Report on malaria in the Punjab during the year ...  together with an account of the work of the Punjab Malaria Bureau - Volume 5
Disease focus: Malaria
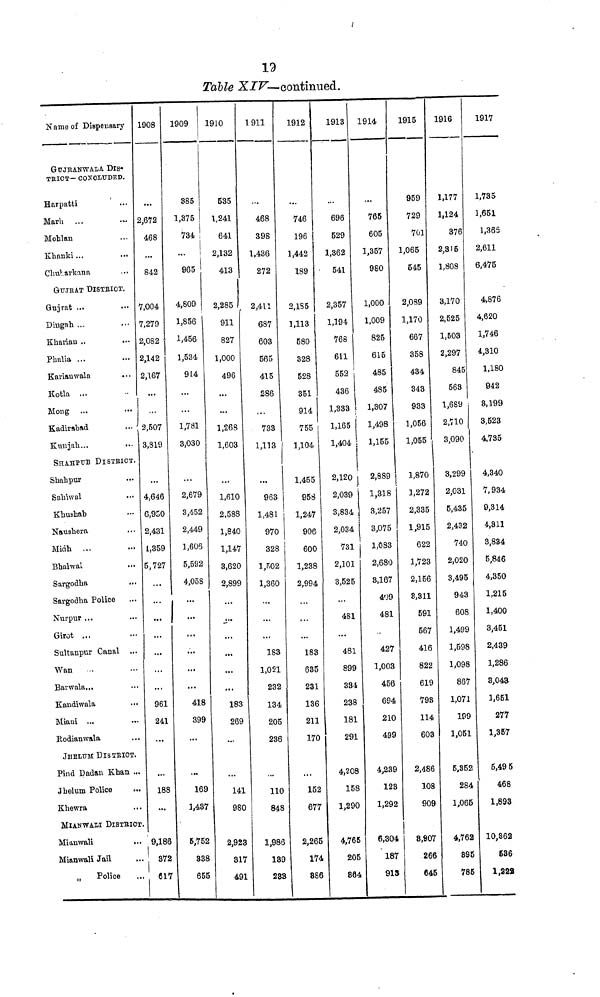
19
Table XIV— continued.
Name of Dispensary
GUJRANWALA. DIS-
TRICT — CONCLUDED.
Harpatti
Marh
Mohlan
Khanki...
Chuharkana
GUJRAT DISTRICT.
Gujrat ...
Dingah ...
Kharian ..
Phalia ...
Karianwala
...
Kotla ...
Mong ...
Kadirabad
...
Kunjah...
SHAHPUB DISTRICT.
Shahpur
Saliwal
Khushab
Naushera
Midh ...
Bhalwal
Sargodha
Sargodha Police
Nurpur ...
Girot ...
Sultanpur Canal ...
Wan
Barwala...
Kandiwala
...
Miani ...
Rodianwala
JHELUM DISTRICT.
Pind Dadan Khan ...
Jhelum Police
Khewra
MIANWALI DISTRICT.
Mianwali
...
Mianwali Jail
,,
Police
1908
...
2,672
468
842
7,004
7,279
2,082
2,142
2,167
...
2,507
3,819
...
4,646
6,950
2,431
1,359
5,727
...
...
...
...
...
...
961
241
...
...
188
...
9,186
372
.17
1909
385
1,375
734
...
965
4,809
1,856
1,456
1,534
914
...
...
1,781
3,030
...
2,679
3,452
2,449
1,606
5,592
4,058
...
...
...
...
...
...
418
399
...
...
169
1,437
5,752
338
655
1910
535
1,241
641
2,132
413
2,285
911
827
1,000
496
...
....
1,268
1,603
...
1,610
2,588
1,840
1,147
3,620
2,899
...
...
...
...
...
...
183
269
...
...
141
980
2,923
317
491
1911
.-.
468
398
1,436
272
2,411
687
603
565
415
286
...
733
1,113
...
963
1,481
970
328
1,502
1,360
...
...
...
183
1,051
232
134
205
236
...
110
848
1,986
139
233
1912
...
746
196
1,442
189
2,1S5
1,113
580
328
528
351
914
755
1,104
1,455
958
1,247
906
600
1,238
2,994
183
635
231
136
211
170
...
152
677
2,265
174
886
1913
696
529
1,362
• 541
2,357
1,194
768
611
552
436
1,333
1,165
1,404
2,120
2,039
3,834
2,034
731
2,101
3,525
.. •
481
481
899
334
238
181
291
4,208
158
1,290
4,765
205
864
1914
...
765
605
1,357
980
1,000
1,009
825
615
485
485
1,307
1,498
1,155
2,889
1,318
3,257
3,075
1,083
!
2,680
3,167
499
481
427
1,003
456
694
210
499
4,239
128
1,292
6,804
187
915
1915
959
729
701
1,065
545
2,089
1,170
667
358
434
343
933
1,056
1,055
1,870
1,272
2,335
1,915
622
1,723
2,156
8,811
591
567
416
822
619
798
114
603
2,486
108
909
8,907
266
645
1916
1,177
1,124
376
2,315
1,808
3,170
2,525
1,503
2,297
845
568
1,689
2,710
3,090
3,299
2,031
5,435
2,432
740
2,020
3,495
943
608
1,499
1,598
1,098
867
1,071
199
1,051
5,352
284
1,065
4,762
895
785
1917
1,735
1,651
1,365
2,611
6,475
4,876
4,620
1..746
4,310
1,180
942
8,199
3,523
4,735
4,340
7,934
9,314
4,311
8,834
5,846
4,350
1,215
1,400
3,451
2,439
1,286
3,043
1,651
277
1,357
5,495
468
1,893
10,862
536
1,222